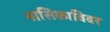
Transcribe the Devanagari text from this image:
नासिकाविवर